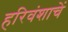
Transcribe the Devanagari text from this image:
हरिवंशाचें